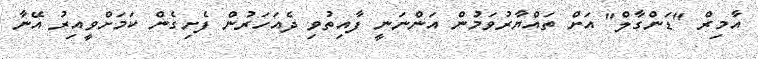
އާމިރް "ޑަންގާލް" އަށް ތައްޔާރުވަމުން އަންނަނީ ފާއިތުވި ދެއަހަރުން ފެށިގެން ކަމަށްވީއިރު އޭނާ